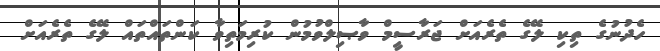
ހެދުނުގެ ތިކި ލޭގެ ތެރެއަށް ޖަރާސީމް ވާޞިލްވުމުން ކުރިމަތިވާ ކަންތައްތައް ލޭގެ ތެރެއަށް